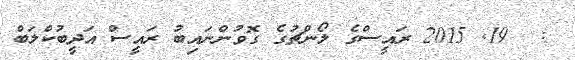
:  19